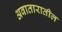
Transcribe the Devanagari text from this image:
अवातारातील